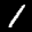
Label: 1